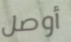
أوصل